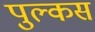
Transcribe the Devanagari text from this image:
पुल्कस